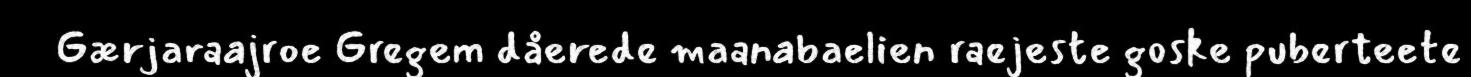
Gærjaraajroe Gregem dåerede maanabaelien raejeste goske puberteete